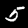
Label: 5